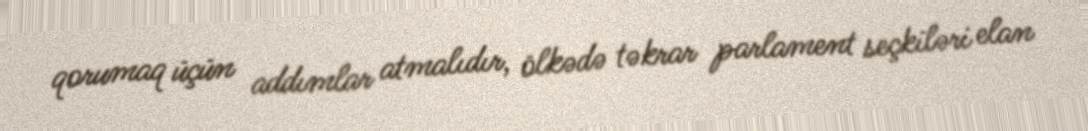
qorumaq üçün addımlar atmalıdır, ölkədə təkrar parlament seçkiləri elan